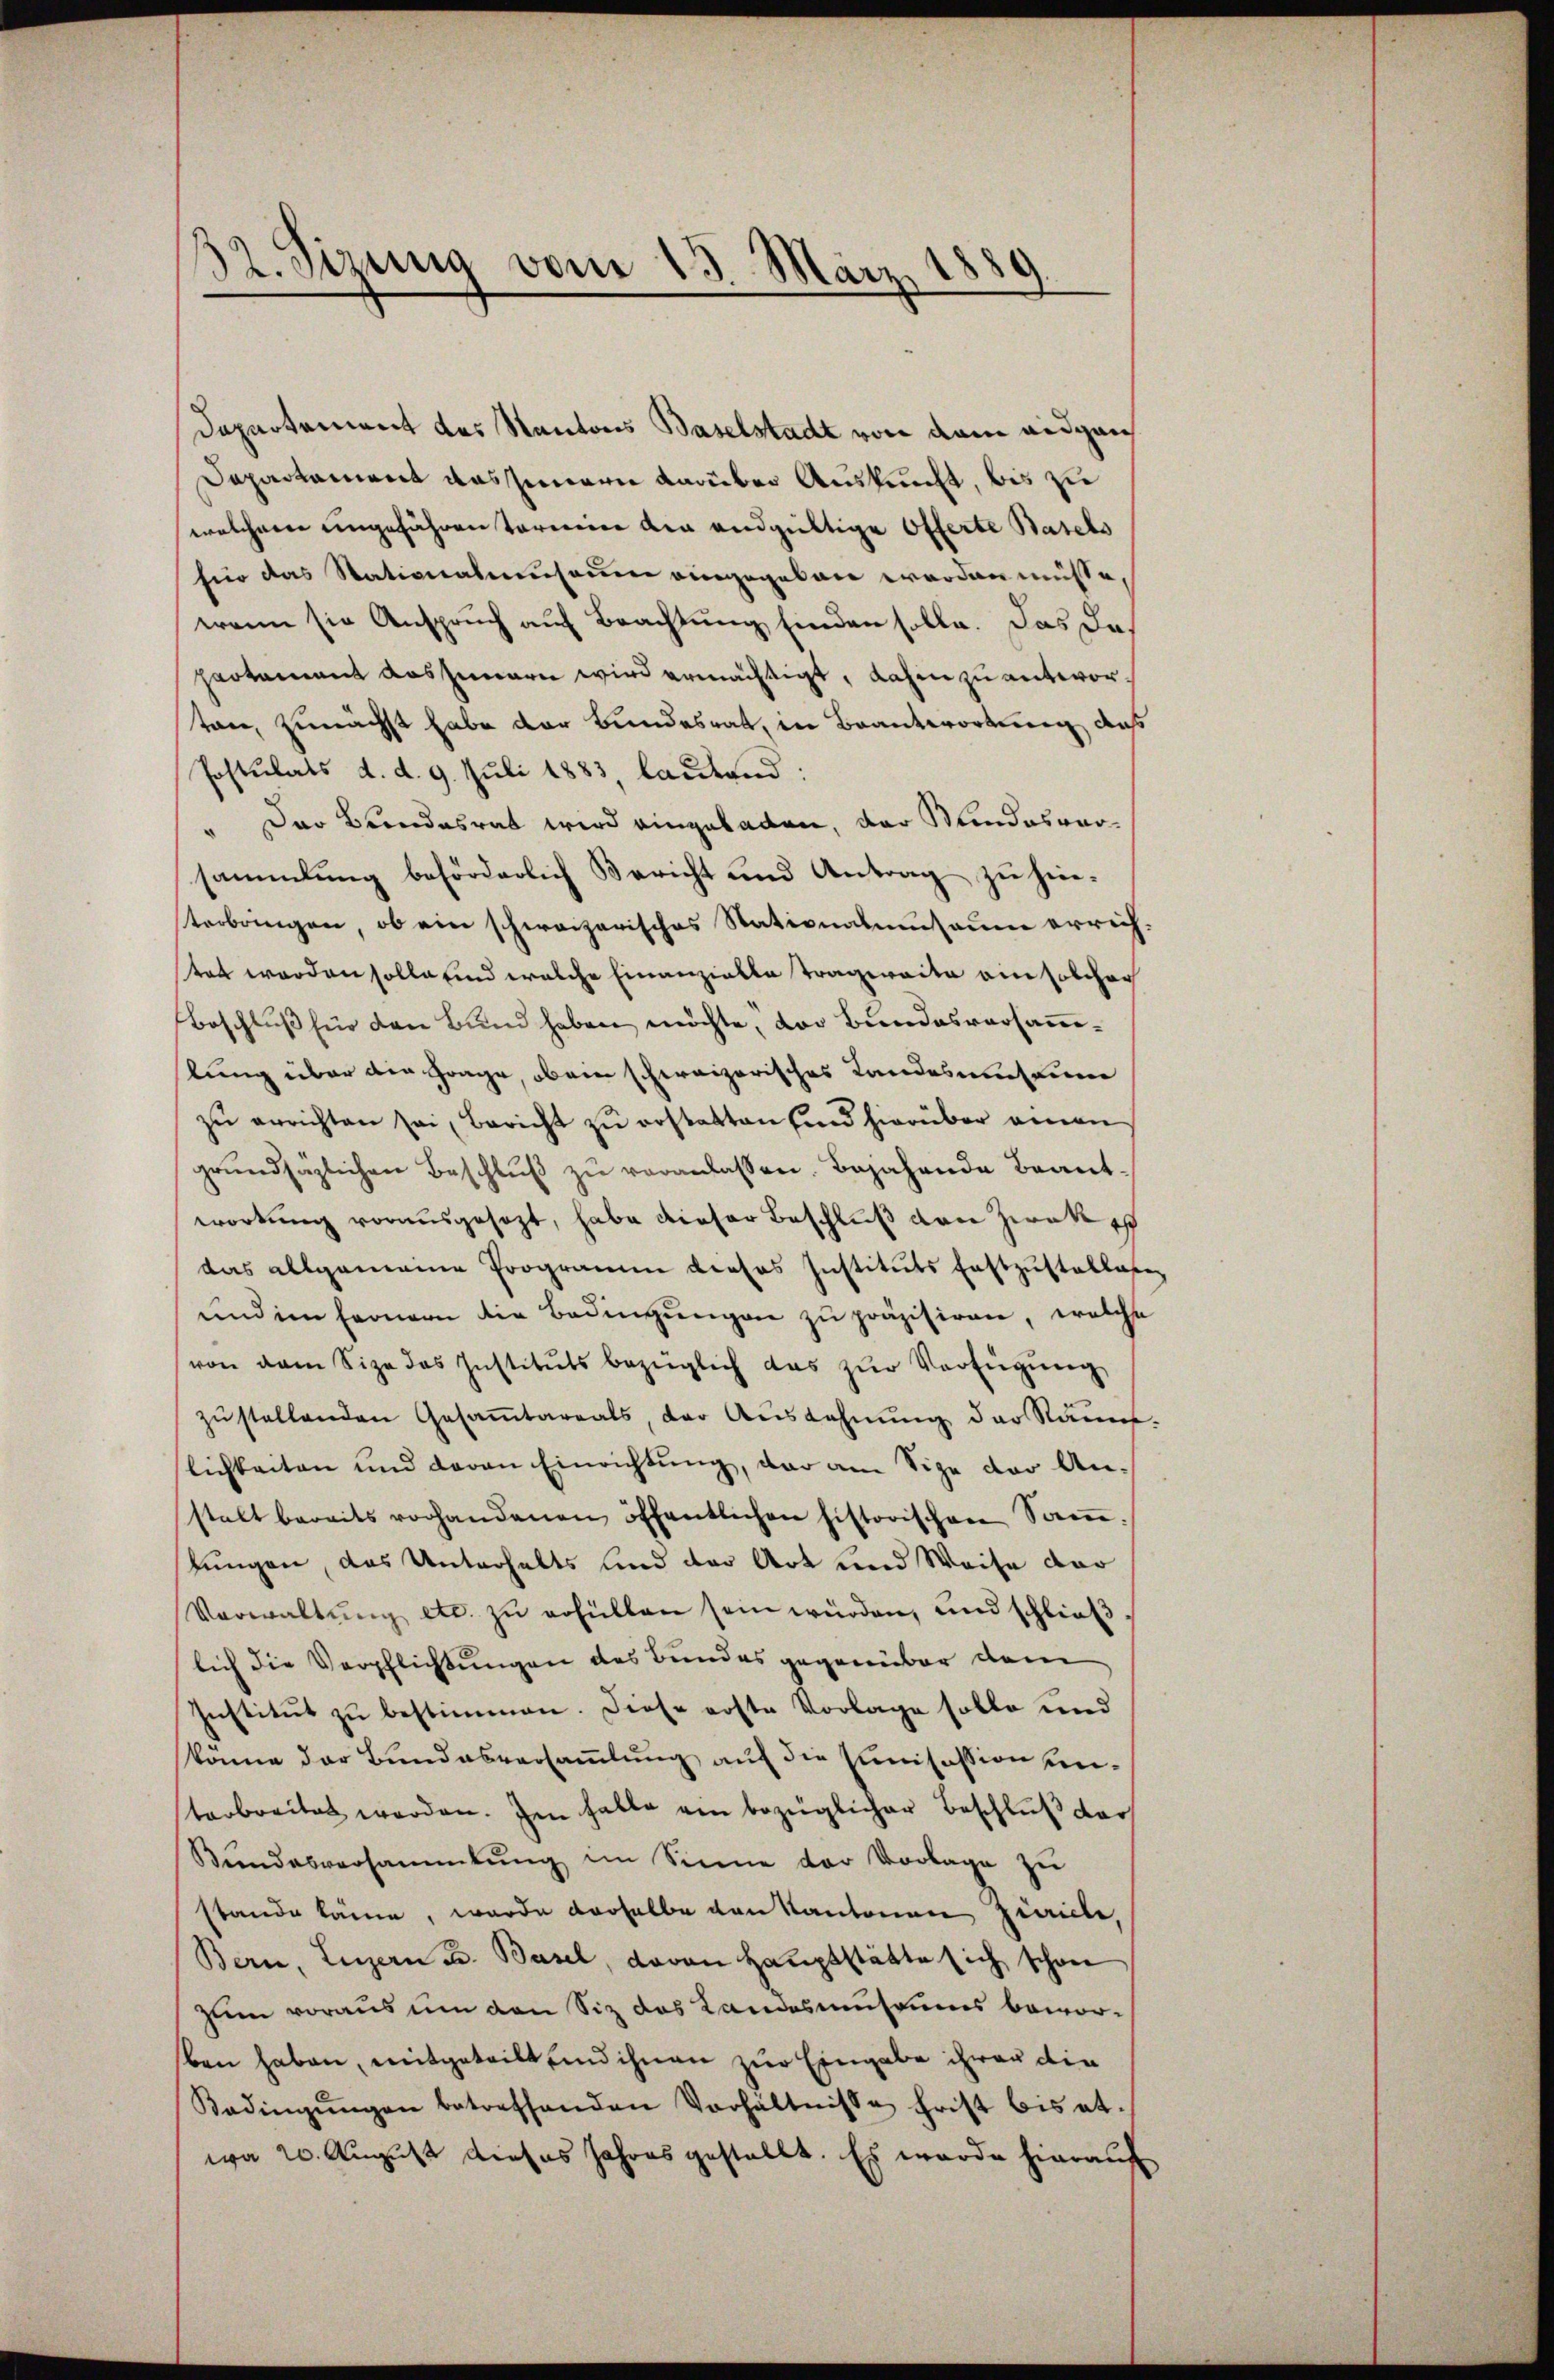
32. Sizung vom 15. März 1889.

Dapartement des Kantons Baselstadt von dann aidgan
Departament aussernern darüber Auskunft, bis zu
welcherte ungefähren Vormier den endgültige Offerte Basels
für das Stationalensaum eingegeben worden müsse,
wenn sie Anspruch auf Brachtung finden solle. Das das
partement aussieren wird ermächtigt, dahin zu antworten, zunächst habe der Bundesrat, in Branterordnung, daß
Postulats d. d. 9. Juli 1883, lautend:
" Der Brandesrat wird eingebaden, der Stundesversammlung behörderlich Bericht und Antrag zu hinterbringen, ob ein schweizerisches Stationatumsaume errich-
tet worden solle und welche Einanzielle Tragweite ein solcher
Beschlŭβ für den Bund haben möchte, der Bundesversammelung über die Frage, ob ein schweizerisches Landesamt eine
zŭ errichten sei, Bericht zŭ erstatten sind hierüber einen
grundsätzlichen Beschlŭβ zŭ veranlassen. Bejahende Beantworkung vorausgesezt, habe dieser Beschluß von Zwek e
das allgemeine Programm dieses Instituts festzŭstallaser
und im fernern die Bedingungen zu präzisiren, welche
von dem Size des Instituts bezüglich das zŭr Verfügŭng
zŭstellenden Gesaṁtareals, der Aŭszahnŭng der Raum.
lichkeiten und daran Einrichtung, der am Sige der An-
stalt bereits vorhandenen öffentlichen historischen Saṁ-
lungen, das Unterhalts und der Art und Weise dar
Verwaltŭng etc. zŭ erfüllen sein würden, und schlieβ
lich die Verpflichtungen des Bundes gegenüber dem
Institut zu bestimmen. Diese erste Vorlage solle und
könne der Bundesversammlung auf die Junisession unterbreitet werden. Im halte am bezüglicher Beschlŭβ der
Bundesversammlung im Sinne der Vorlage zu
stande könne, wurde derselbe von Kantonen Zivile
Bern, Luzern u. Basel, davon Hauptstätte sich schon
zum voraus um den Siz das Landesmuseums beworben haben, mitgeteilt und ihnen zur Eingabe ihrer die
Radingŭngen betreffenden Verhältnisse frist bis et-
wa 20. August dieses Jahres gestellt. Es wurde hierauf